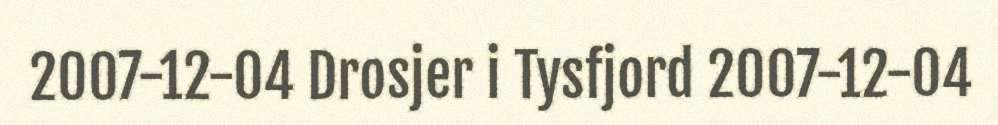
2007-12-04 Drosjer i Tysfjord 2007-12-04